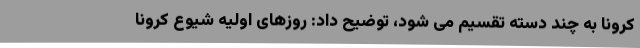
کرونا به چند دسته تقسیم می شود، توضیح داد: روزهای اولیه شیوع کرونا